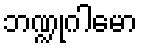
ဘဏ္ဍုဂါမော